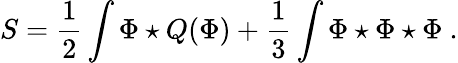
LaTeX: S=\frac{1}{2}\int\Phi\star Q(\Phi)+\frac{1}{3}\int\Phi\star\Phi\star\Phi\ .